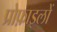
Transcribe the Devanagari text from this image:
प्रोफ़ाइलों